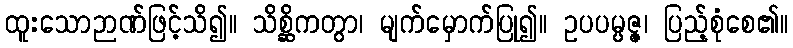
ထူးသောဉာဏ်ဖြင့်သိ၍။ သိစ္ဆိကတွာ၊ မျက်မှောက်ပြု၍။ ဥပပမ္ပဇ္ဇ၊ ပြည့်စုံစေ၏။